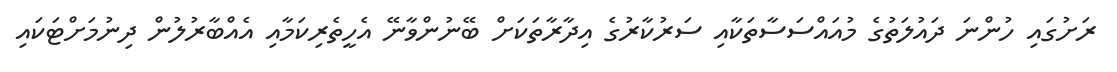
ރަށުގައި ހުންނަ ދައުލަތުގެ މުއައްސަސާތަކާއި ސަރުކާރުގެ އިދާރާތަކަށް ބޭނުންވާނޭ އެހީތެރިކަމާއި އެއްބާރުލުން ދިނުމަށްޓަކައި